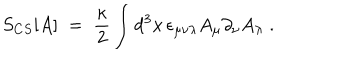
S _ { C S } [ A ] \; = \; \frac { \kappa } { 2 } \int d ^ { 3 } x \, \epsilon _ { \mu \nu \lambda } A _ { \mu } \partial _ { \nu } A _ { \lambda } \; .